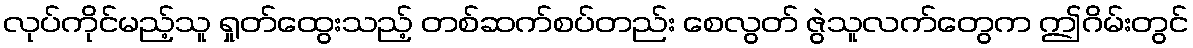
လုပ်ကိုင်မည့်သူ ရှုတ်ထွေးသည့် တစ်ဆက်စပ်တည်း စေလွတ် ဇွဲသူလက်တွေက ဤဂိမ်းတွင်